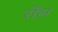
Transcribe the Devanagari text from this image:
रोंल